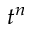
t ^ { n }